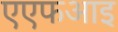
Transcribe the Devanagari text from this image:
एएफआइ